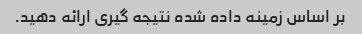
بر اساس زمینه داده شده نتیجه گیری ارائه دهید.